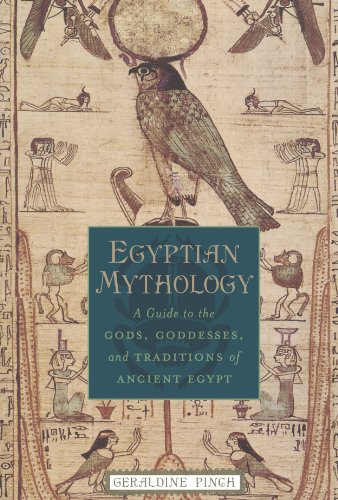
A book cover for Egyptian Mythology: A Guide to the Gods, Goddesses, and Traditions of Ancient Egypt; Geraldine Pinch; Literature & Fiction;